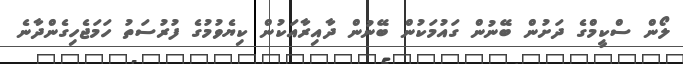
ލޯން ސްކީމްގެ ދަށުން ބޭނުން ގައުމަކުން ބޭނުން ދާއިރާއަކުން ކިޔެވުމުގެ ފުރުސަތު ހަމަޖެހިގެންދާނެ